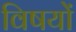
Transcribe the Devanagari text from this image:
विषयाें